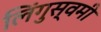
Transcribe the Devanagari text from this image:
लिंगुस्वमी